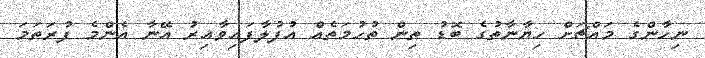
ނިހާންގެ މައްޗަށް ހިޔާނާތުގެ ބޮޑު ތިން ތުހުމަތެއް އުފުލާފައިވާއިރު އޭނާ އެންމެ ފުރަތަމަ